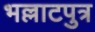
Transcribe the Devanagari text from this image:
भल्लाटपुत्र